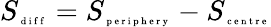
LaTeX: S_{\tiny\mathrm{~d~i~f~f~}}=S_{\tiny\mathrm{~p~e~r~i~p~h~e~r~y~}}-S_{\tiny\mathrm{~c~e~n~t~r~e~}}